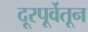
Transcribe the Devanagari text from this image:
दूरपूर्वेतून